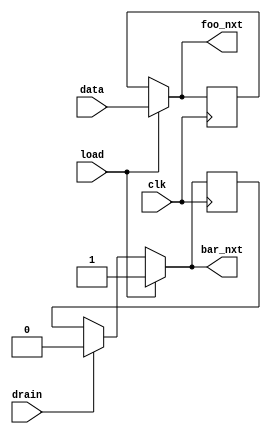
module test(input wire load, drain,
	    input wire clk, data,
	    output reg foo_nxt, bar_nxt);

   reg		       foo, bar;

   (* ivl_combinational *)
   always @* begin
      foo_nxt = foo;
      bar_nxt = bar;

      if (load) begin
	 foo_nxt = data;
	 bar_nxt = 1;
      end else if (drain) begin
	 bar_nxt = 0;
      end
   end

   always @(posedge clk) begin
      foo <= foo_nxt;
      bar <= bar_nxt;
   end

endmodule